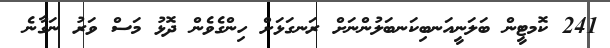
241 ކޮމޓީން ބަލަނީއަނބިކަނބަލުންނަށް ރަނގަޅަށް ހިންގެވެން ދޮޅު މަސް ވަރު ނަގާނެ